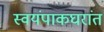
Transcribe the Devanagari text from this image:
स्वयंपाकघरांत